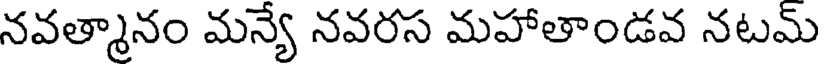
నవత్మానం మన్యే నవరస మహాతాండవ నటమ్